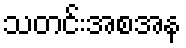
သတင်းအစအန